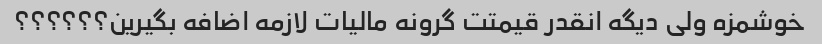
خوشمزه ولی دیگه انقدر قیمتت گرونه مالیات لازمه اضافه بگیرین؟؟؟؟؟؟